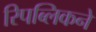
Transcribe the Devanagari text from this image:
रिपब्लिकने